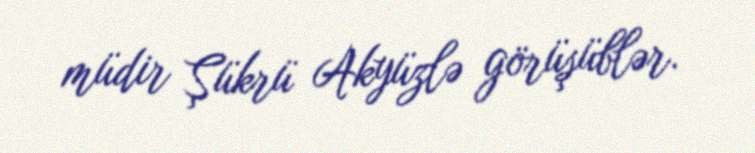
müdir Şükrü Akyüzlə görüşüblər.